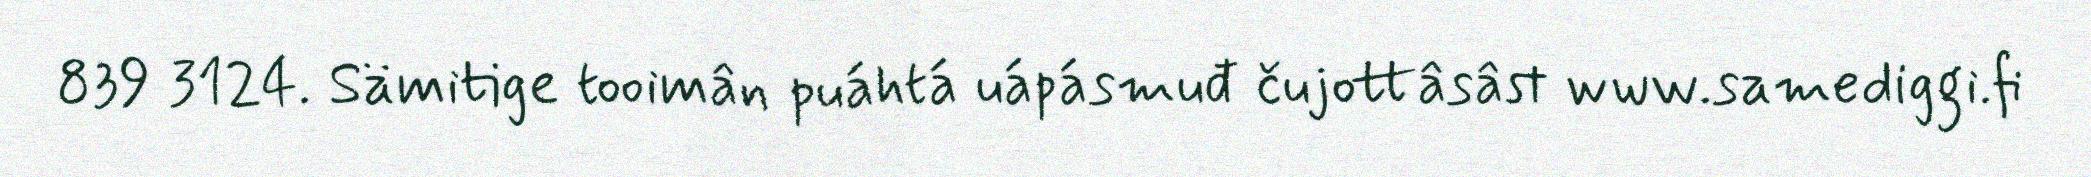
839 3124. Sämitige tooimân puáhtá uápásmuđ čujottâsâst www.samediggi.fi